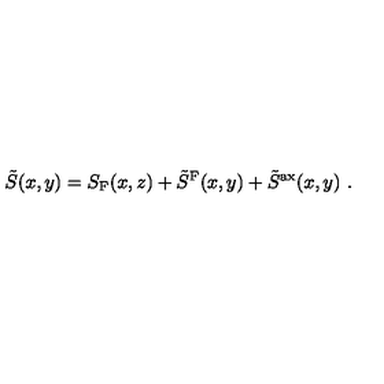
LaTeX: \tilde { S } ( x , y ) = S _ { \mathrm { F } } ( x , z ) + \tilde { S } ^ { \mathrm { F } } ( x , y ) + \tilde { S } ^ { \mathrm { a x } } ( x , y ) \ .